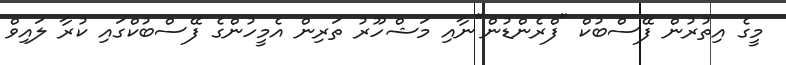
މީގެ އިތުރުން ފޭސްބުކް "ފްރެންޑުން"ނާއި މަޝްހޫރު ތަރިން އެމީހުންގެ ފޭސްބުކްގައި ކުރާ ލައިވް